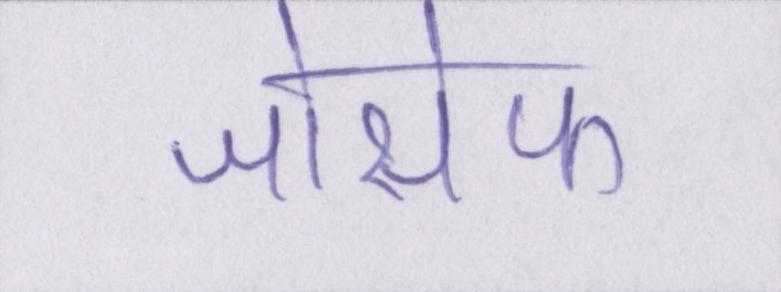
जोसेफ